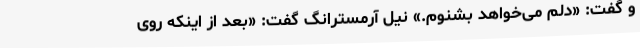
و گفت: «دلم می‌خواهد بشنوم.» نیل آرمسترانگ گفت: «بعد از اینکه روی